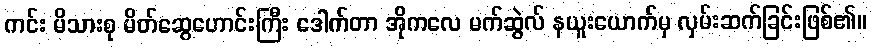
ကင်း မိသားစု မိတ်ဆွေဟောင်းကြီး ဒေါက်တာ အိုကလေ မက်ဆွဲလ် နယူးယောက်မှ လှမ်းဆက်ခြင်းဖြစ်၏။